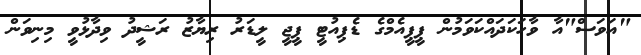
"އަވަސް"އާ ވާހަކަދައްކަވަމުން ޕީޕީއެމްގެ ޑެޕިއުޓީ ޕީޖީ ލީޑަރު ރިޔާޒު ރަޝީދު ވިދާޅުވީ މިނިވަން